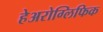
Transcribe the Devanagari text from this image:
हेअरोग्लिफिक